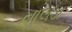
તાલડા